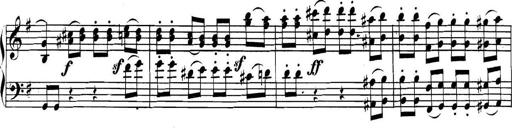
Title: Collected Piano Sonatas
Composer: Muzio Clementi